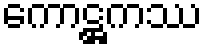
ကောဋ္ဌကဿ